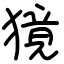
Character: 獍